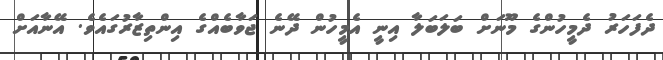
ދެފަހަރު ދެމީހުންގެ މޫނަށް ބަލަބަލާ އިނީ އެމީހުން ދޭނެ ޖަވާބެއްގެ އިންތިޒާރުގައެވެ. އޭނާއަށް